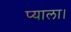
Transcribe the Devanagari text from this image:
प्याला।